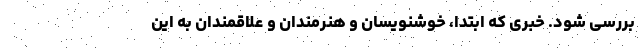
بررسی شود. خبری که ابتدا، خوشنویسان و هنرمندان و علاقمندان به این